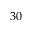
3 0